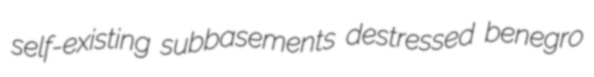
self-existing subbasements destressed benegro